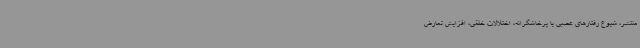
منتشر، شیوع رفتارهای عصبی یا پرخاشگرانه، اختلالات خلقی، افزایش تعارض